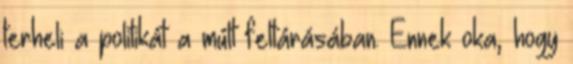
terheli a politikát a múlt feltárásában. Ennek oka, hogy